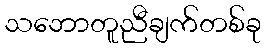
သဘောတူညီချက်တစ်ခု